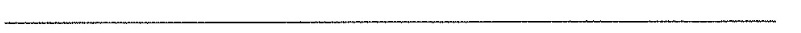
___